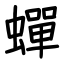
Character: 蟬